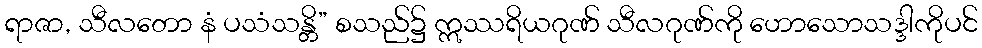
ရာဇာ, သီလတော နံ ပသံသန္တိ” စသည်၌ ဣဿရိယဂုဏ် သီလဂုဏ်ကို ဟောသောသဒ္ဒါကိုပင်